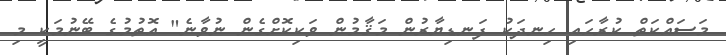
މަސައްކަތް ކުރާހައި ހިނދަކު ފަނޑިޔާރުން މަޤާމުން ވަކިކޮށްގެން ނުވާނެ" އޮތުމުގެ ބޭނުމަކީ މި